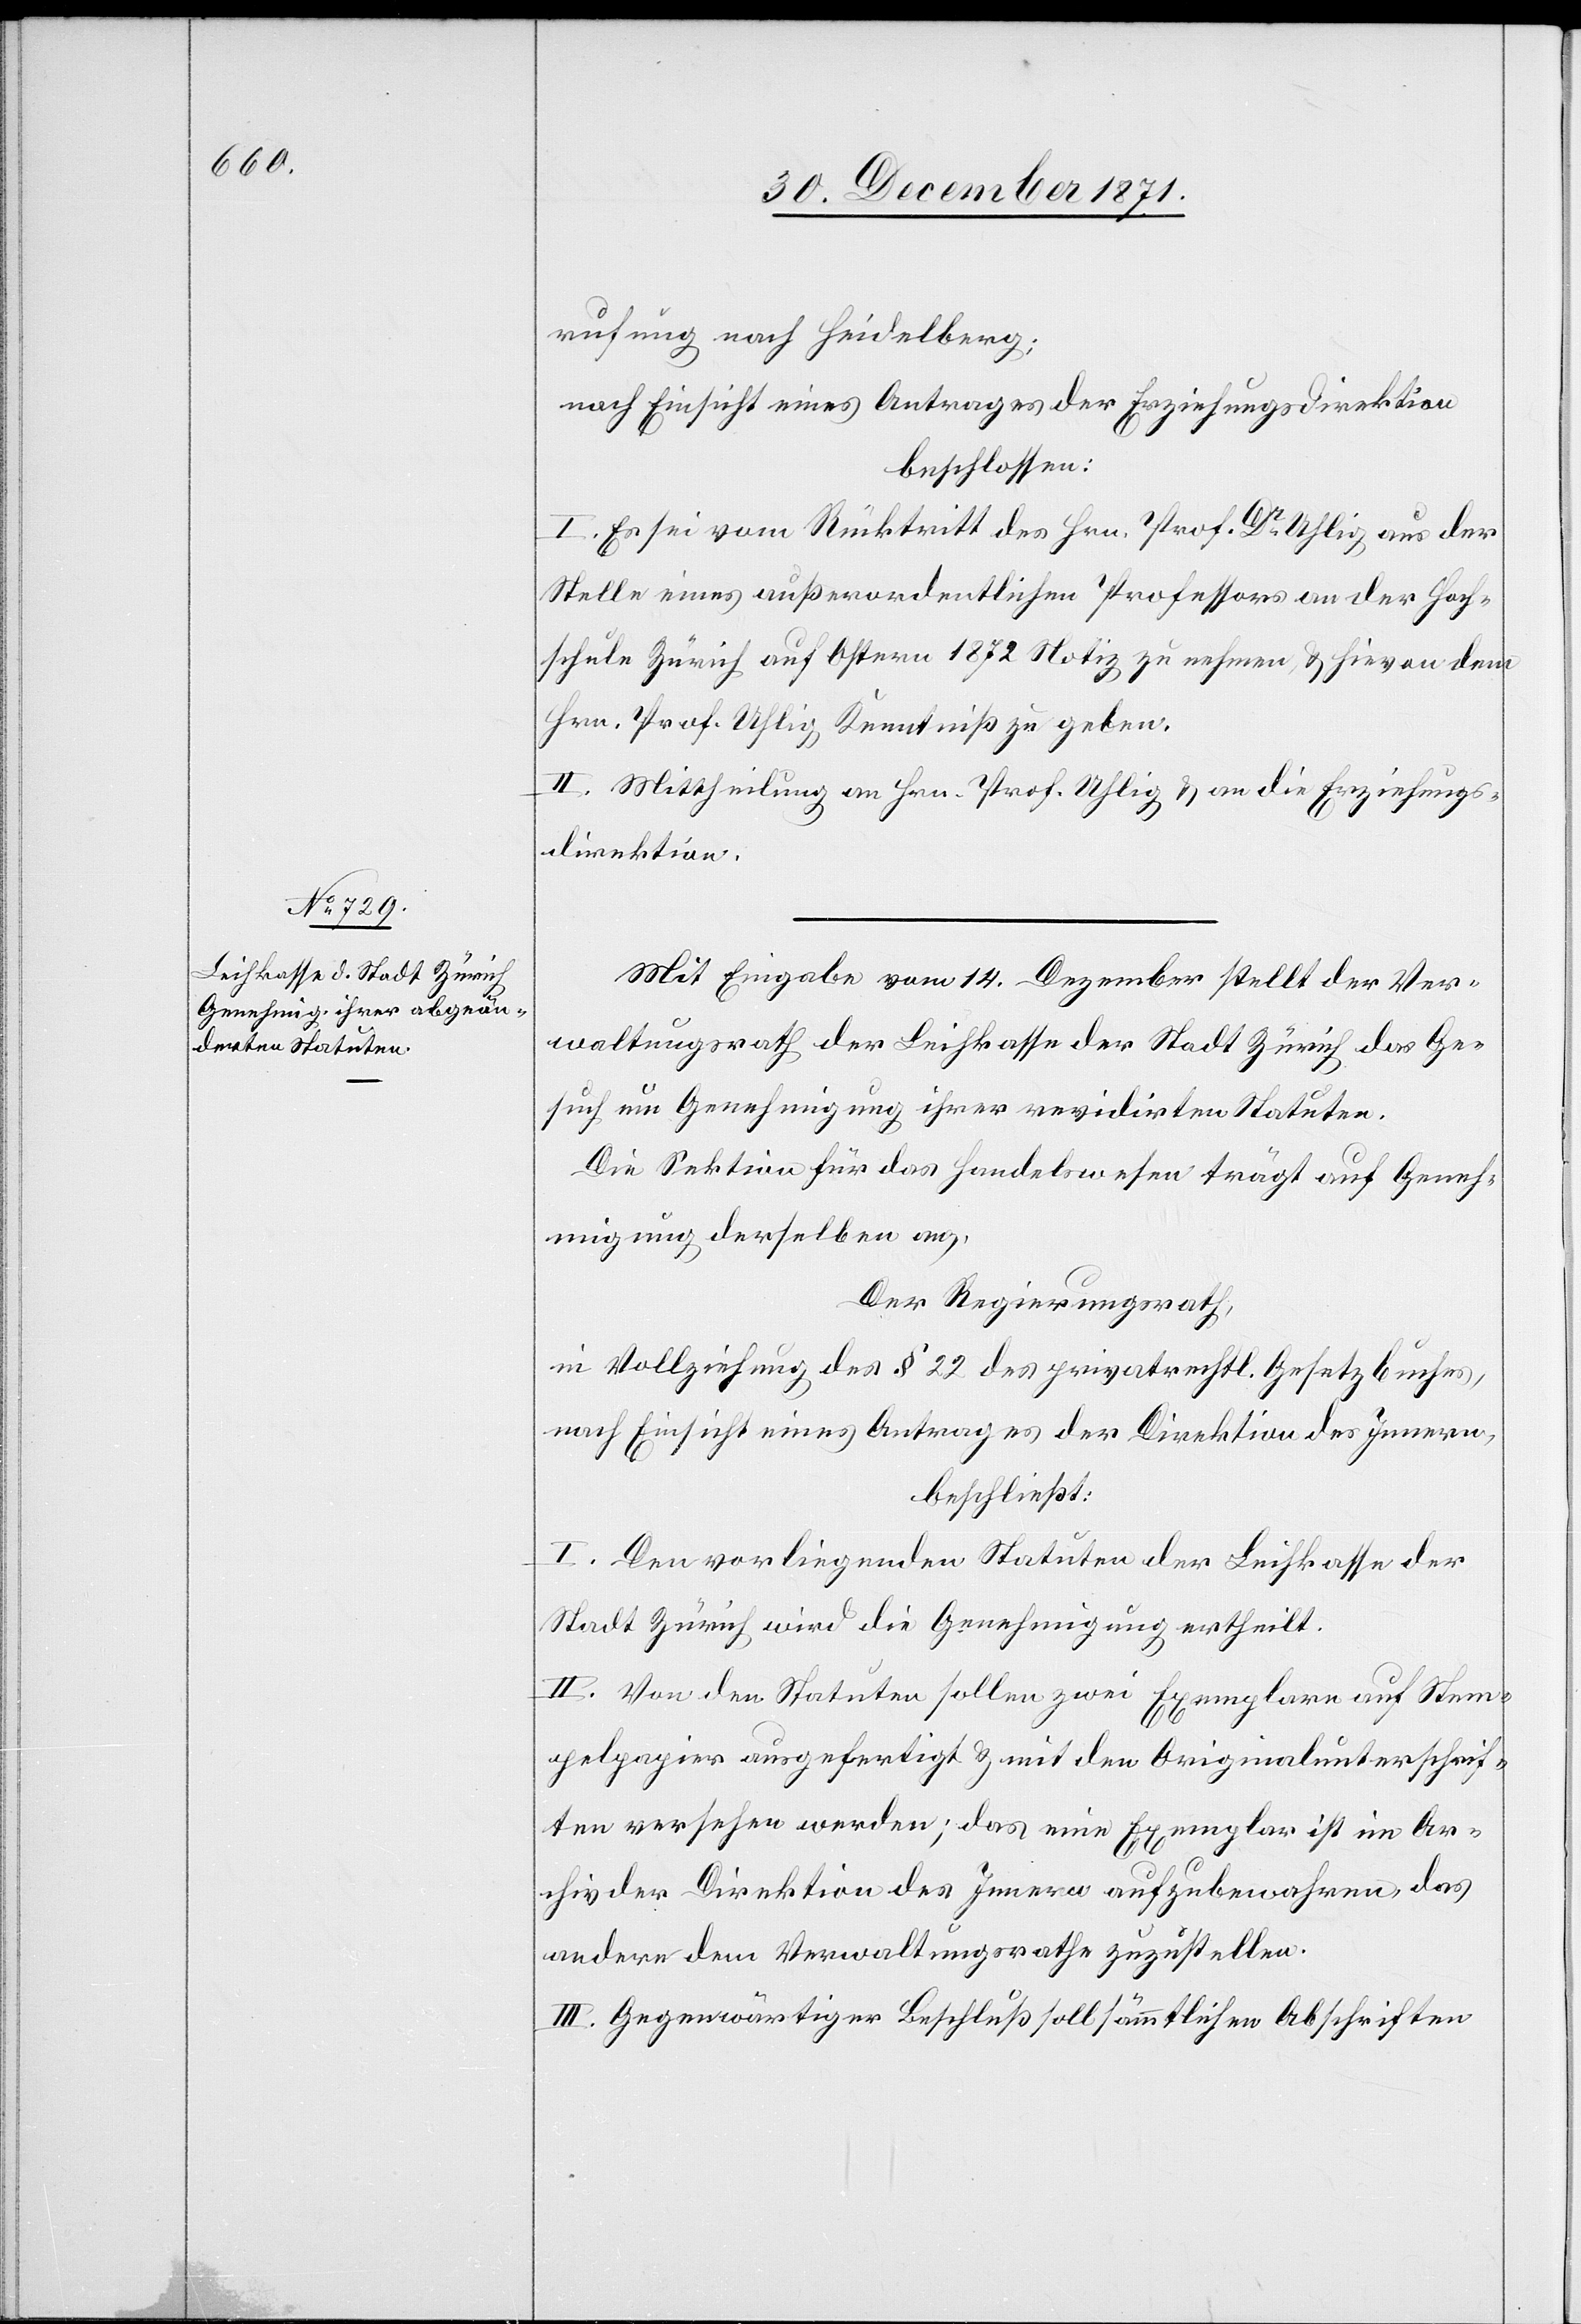
rufung nach Heidelberg:
nach Einsicht eines Antrages der Erziehungsdirektion
beschlossen:
I. Es sei vom Rücktritt des Hrn. Prof. Dr. Uhlig aus der
Stelle eines außerordentlichen Professors an der Hoch¬
schule Zürich auf Ostern 1872 Notiz zu nehmen & hievon dem
Hrn. Prof. Uhlig Kenntniß zu geben.
II. Mittheilung an Hrn. Prof. Uhlig & an die Erziehungs¬
direktion.
Mit Eingabe vom 14. Dezember stellt der Ver¬
waltungsrath der Leihkasse der Stadt Zürich das Ge¬
such um Genehmigung ihrer revidirten Statuten.
Die Sektion für das Handelswesen trägt auf Geneh¬
migung derselben an,
Der Regierungsrath,
in Vollziehung des § 22 des privatrechtl. Gesetzbuches,
nach Einsicht eines Antrages der Direktion des Innern,
beschließt:
I. Der vorliegenden Statuten der Leihkasse der
Stadt Zürich wird die Genehmigung ertheilt.
II. Von den Statuten sollen zwei Exemplare auf Stem¬
pelpapier ausgefertigt & mit den Originalunterschrif¬
ten versehen werden; das eine Exemplar ist im Ar¬
chiv der Direktion des Innern aufzubewahren, das
andere dem Verwaltungsrathe zuzustellen.
III. Gegenwärtiger Beschluß soll sämmtlichen Abschriften